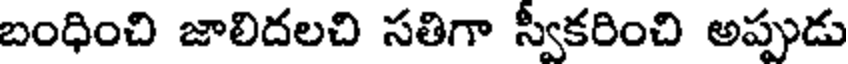
బంధించి జాలిదలచి సతిగా స్వీకరించి అప్పుడు